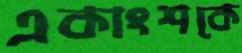
একাংশকে